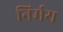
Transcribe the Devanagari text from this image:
निर्मय